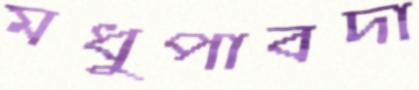
মধুপাবদা